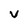
Character: V